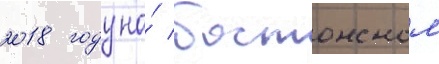
2018 году на́ бостонском